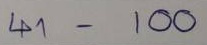
41 - 100